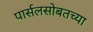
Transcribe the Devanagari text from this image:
पार्सलसोबतच्या